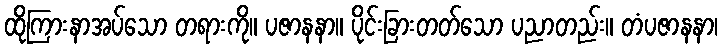
ထိုကြားနာအပ်သော တရားကို။ ပဇာနနာ။ ပိုင်းခြားတတ်သော ပညာတည်း။ တံပဇာနနာ၊